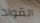
القواد